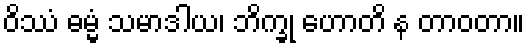
ဝိဿံ ဓမ္မံ သမာဒါယ၊ ဘိက္ခု ဟောတိ န တာဝတာ။